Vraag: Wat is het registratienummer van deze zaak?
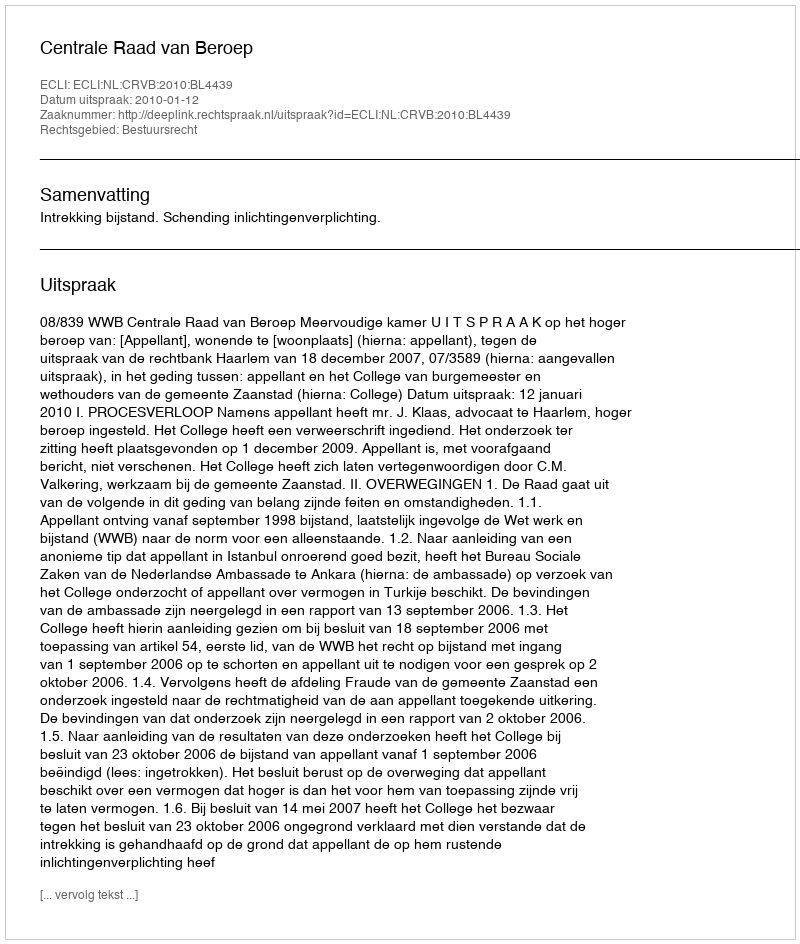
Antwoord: http://deeplink.rechtspraak.nl/uitspraak?id=ECLI:NL:CRVB:2010:BL4439